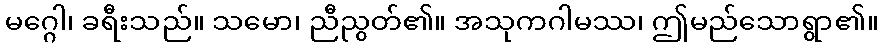
မဂ္ဂေါ၊ ခရီးသည်။ သမော၊ ညီညွတ်၏။ အသုကဂါမဿ၊ ဤမည်သောရွာ၏။